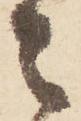
々